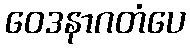
ဝေဒနာဂတံပေ